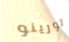
تورينو